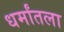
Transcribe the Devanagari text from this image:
धर्मांतला